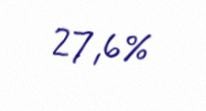
27,6%